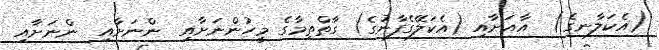
(އެކަލާނގެ)  އާއަށާއި (އެކަލޭގެފާނުގެ) ގާތްތިމާގެ މީހުންނަށާއި  ންނަށާއި  ންނަށާއި